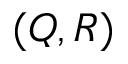
( Q , R )